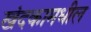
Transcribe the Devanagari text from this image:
खंदकामधील